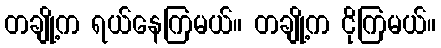
တချို့က ရယ်နေကြမယ်။ တချို့က ငိုကြမယ်။